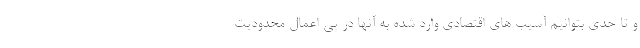
و تا حدی بتوانیم آسیب های اقتصادی وارد شده به آنها در پی اعمال محدودیت